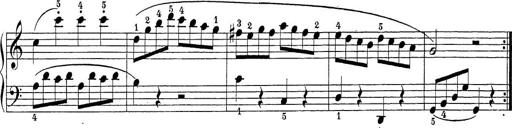
Title: Sonatina Album
Composer: Louis KÃ¶hler